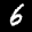
Digit: 6